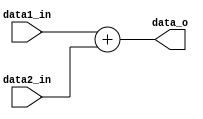
module Adder(data1_in, data2_in, data_o);
input [31:0] data1_in, data2_in;
output reg [31:0] data_o;

always @(data1_in or data2_in) begin 
    data_o = data1_in + data2_in;
end
endmodule